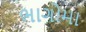
ભાગોમા